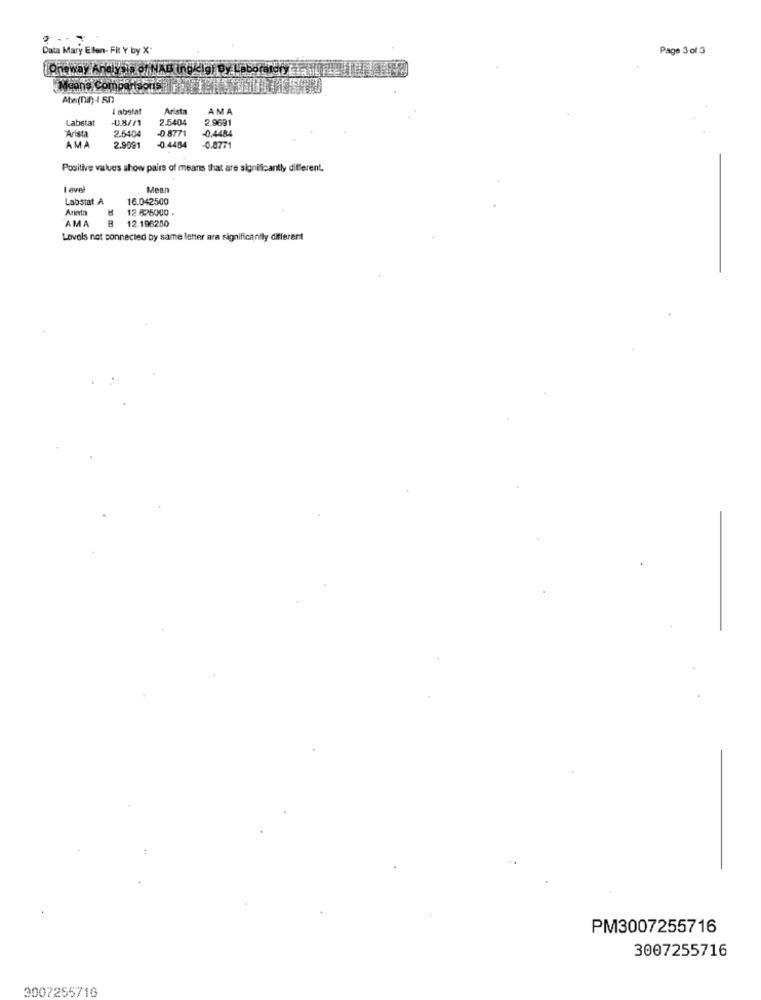
Data Mary Elen- Fit Y by X-
Page 3 of 3
(Oneway Analysis of NAB ing/cig) By.
Means Comparisons
Abe(Din) -1 80)
I abstat
Arista
AMA
Labstat
0.8//1
2.5404
2.9691
"Arista
2.5404
-0 8771
-0.4484
AMA
2.9991
-0.4484
-0.8771
Positive values show pairs of means that are significantly different.
Level
Mean
Labstat A
16.042500
M
12.625000 .
AMA
B
12.196250
Levels not connected by same letter ara significantly different
PM3007255716
3007255716
3007255716